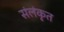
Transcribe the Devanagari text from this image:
संलंकृत